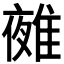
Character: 𨿤